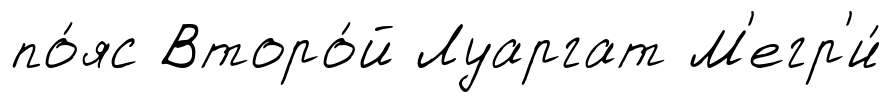
по́яс Второ́й Луаргат М'егр'и́